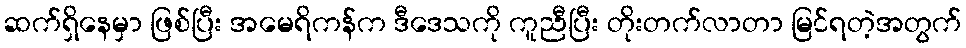
ဆက်ရှိနေမှာ ဖြစ်ပြီး အမေရိကန်က ဒီဒေသကို ကူညီပြီး တိုးတက်လာတာ မြင်ရတဲ့အတွက်